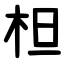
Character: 柦